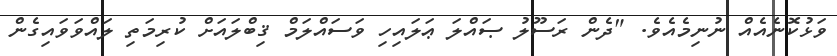
ވަޅުކޮނެއެއް ނުނިމެއެވެ. "ދެން ރަސޫލު ޞައްލަ ޢަލައިހި ވަސައްލަމް ޤިބްލައަށް ކުރިމަތި ލައްވަވައިގެން